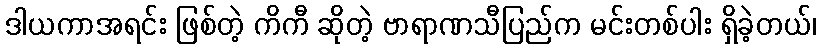
ဒါယကာအရင်း ဖြစ်တဲ့ ကိကီ ဆိုတဲ့ ဗာရာဏသီပြည်က မင်းတစ်ပါး ရှိခဲ့တယ်၊